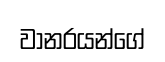
වානරයන්ගේ